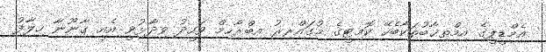
އެމްޑީޕީގެ އިމްތިޚާބުތަކާބެހޭ ކޮމިޓީގެ މުގައްރިރު އިބްރާހިމް ވަހީދު ވިދާޅުވީ އެއީ ގާނޫނާ ހިލާފު